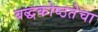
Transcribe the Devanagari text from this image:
बद्धकोष्ठतेचा